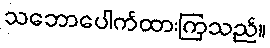
သဘောပေါက်ထားကြသည်။